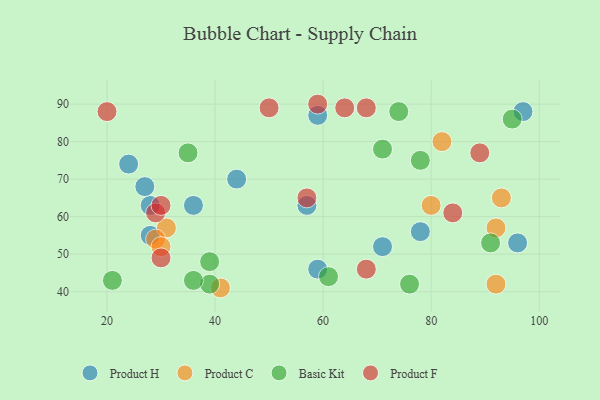
{"axis": {"x": "GDP", "y": "Life Expectancy"}, "legend": ["Basic Kit", "Product C", "Product F", "Product H"], "data": [{"x": "71", "y": 52, "type": "Product H"}, {"x": "59", "y": 87, "type": "Product H"}, {"x": "96", "y": 53, "type": "Product H"}, {"x": "59", "y": 46, "type": "Product H"}, {"x": "28", "y": 63, "type": "Product H"}, {"x": "28", "y": 55, "type": "Product H"}, {"x": "36", "y": 63, "type": "Product H"}, {"x": "44", "y": 70, "type": "Product H"}, {"x": "27", "y": 68, "type": "Product H"}, {"x": "78", "y": 56, "type": "Product H"}, {"x": "24", "y": 74, "type": "Product H"}, {"x": "97", "y": 88, "type": "Product H"}, {"x": "57", "y": 63, "type": "Product H"}, {"x": "41", "y": 41, "type": "Product C"}, {"x": "31", "y": 57, "type": "Product C"}, {"x": "29", "y": 54, "type": "Product C"}, {"x": "80", "y": 63, "type": "Product C"}, {"x": "93", "y": 65, "type": "Product C"}, {"x": "82", "y": 80, "type": "Product C"}, {"x": "92", "y": 57, "type": "Product C"}, {"x": "30", "y": 52, "type": "Product C"}, {"x": "92", "y": 42, "type": "Product C"}, {"x": "95", "y": 86, "type": "Basic Kit"}, {"x": "78", "y": 75, "type": "Basic Kit"}, {"x": "39", "y": 42, "type": "Basic Kit"}, {"x": "21", "y": 43, "type": "Basic Kit"}, {"x": "71", "y": 78, "type": "Basic Kit"}, {"x": "36", "y": 43, "type": "Basic Kit"}, {"x": "74", "y": 88, "type": "Basic Kit"}, {"x": "39", "y": 48, "type": "Basic Kit"}, {"x": "61", "y": 44, "type": "Basic Kit"}, {"x": "76", "y": 42, "type": "Basic Kit"}, {"x": "91", "y": 53, "type": "Basic Kit"}, {"x": "35", "y": 77, "type": "Basic Kit"}, {"x": "57", "y": 65, "type": "Product F"}, {"x": "84", "y": 61, "type": "Product F"}, {"x": "29", "y": 61, "type": "Product F"}, {"x": "20", "y": 88, "type": "Product F"}, {"x": "30", "y": 49, "type": "Product F"}, {"x": "89", "y": 77, "type": "Product F"}, {"x": "50", "y": 89, "type": "Product F"}, {"x": "30", "y": 63, "type": "Product F"}, {"x": "64", "y": 89, "type": "Product F"}, {"x": "68", "y": 89, "type": "Product F"}, {"x": "59", "y": 90, "type": "Product F"}, {"x": "68", "y": 46, "type": "Product F"}]}